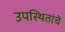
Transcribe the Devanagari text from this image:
उपस्थितांचे